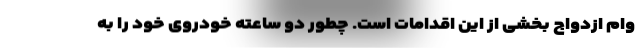
وام ازدواج بخشی از این اقدامات است. چطور دو ساعته خودروی خود را به